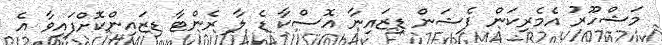
މަޝްހޫރު އެމެރިކަން ފެޝަން ޑިޒައިނާ އޮސްކާ ޑެ ލާ ރެންޓާ ޑިޒައިންކޮށްފައިވާ އެ